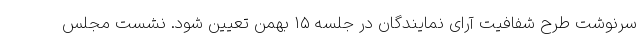
سرنوشت طرح شفافیت آرای نمایندگان در جلسه ۱۵ بهمن تعیین شود. نشست مجلس